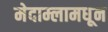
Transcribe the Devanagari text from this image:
मेदाम्लामधून